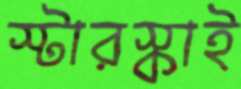
স্টারস্কাই